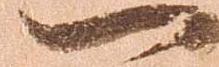
一